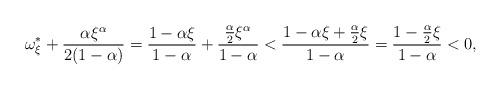
LaTeX: \begin{align*}\omega_{\xi}^{\ast} + \frac{\alpha \xi^{\alpha}}{2(1 - \alpha)} = \frac{1 - \alpha \xi}{1 - \alpha} + \frac{\frac{\alpha}{2}\xi^{\alpha}}{1 - \alpha} < \frac{1 - \alpha \xi + \frac{\alpha}{2}\xi}{1 - \alpha} = \frac{1 - \frac{\alpha}{2}\xi}{1 - \alpha} < 0,\end{align*}